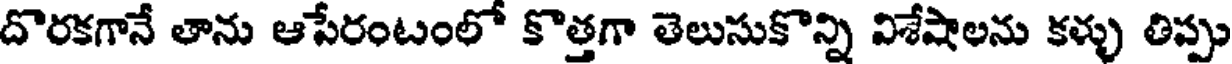
దొరకగానే తాను ఆపేరంటంలో కొత్తగా తెలుసుకొన్ని విశేషాలను కళ్ళు తిప్పు